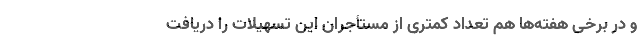
و در برخی هفته‌ها هم تعداد کمتری از مستأجران این تسهیلات را دریافت